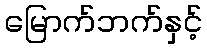
မြောက်ဘက်နှင့်